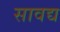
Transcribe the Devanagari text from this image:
सावद्य